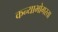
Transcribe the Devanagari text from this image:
कन्याभोगरता